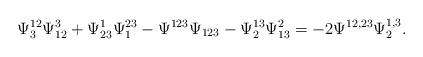
LaTeX: \begin{align*}\Psi^{12}_3\Psi^3_{12}+\Psi^1_{23}\Psi^{23}_1- \Psi^{123}\Psi_{123}-\Psi^{13}_2\Psi^2_{13} = -2\Psi^{12,23}\Psi^{1,3}_2.\end{align*}